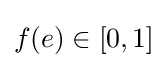
f(e)\in [0,1]